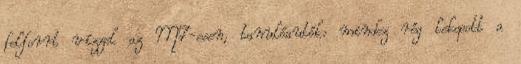
felforrt vízzel az M7-esen, tanulóautók: mindez rég lekopott a